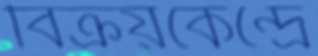
বিক্রয়কেন্দ্রে